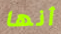
أنها